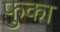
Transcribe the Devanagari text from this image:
फुका